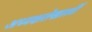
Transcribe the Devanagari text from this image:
अध्यक्षतेखालीं